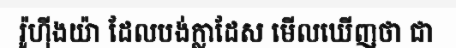
រ៉ូហ៊ីងយ៉ា ដែលបង់ក្លាដែស មើលឃើញថា ជា